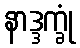
နာဒ္ဒက္ခုံ